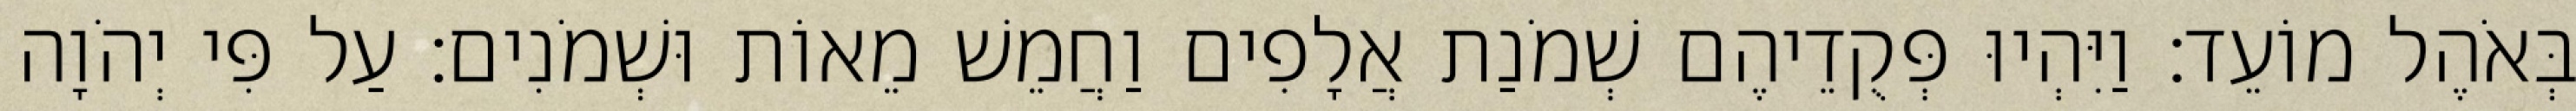
בְּאֹהֶל מוֹעֵד׃ וַיִּהְיוּ פְּקֻדֵיהֶם שְׁמֹנַת אֲלָפִים וַחֲמֵשׁ מֵאוֹת וּשְׁמֹנִים׃ עַל פִּי יְהֹוָה